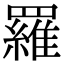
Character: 羅